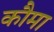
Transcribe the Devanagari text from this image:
कौमा